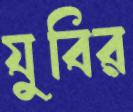
যুবির